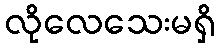
လိုလေသေးမရှိ